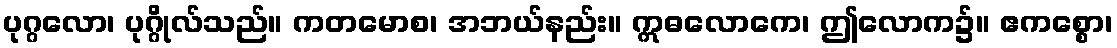
ပုဂ္ဂလော၊ ပုဂ္ဂိုလ်သည်။ ကတမောစ၊ အဘယ်နည်း။ ဣဓလောကေ၊ ဤလောက၌။ ဧကစ္စော၊